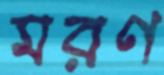
মরণ